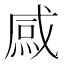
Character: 𱫢